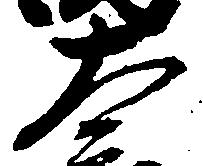
太